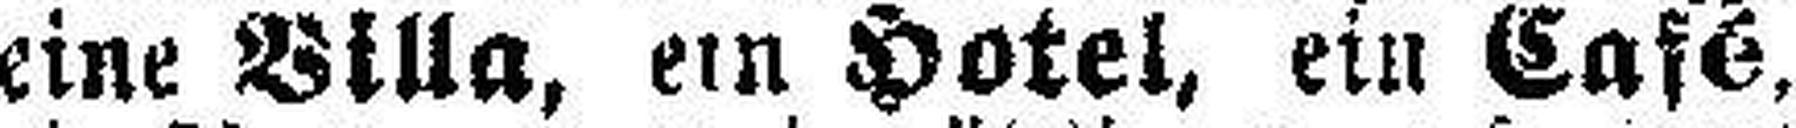
eine Villa, ein Hotel, ein Café,